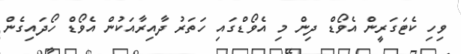
ވިހި ކެޓަގަރީން އެވޯޑް ދިން މި އެވޯޑްގައި ހަތަރު ދާއިރާއަކުން އެވޯޑް ހޯދައިގެން